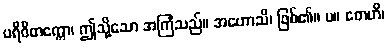
ပရိဝိတက္ကော၊ ဤသို့သော အကြံသည်။ အဟောသိ၊ ဖြစ်၏။ ပ။ တေဟိ၊